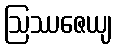
ဩဿဇေယျ